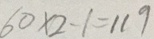
6 0 \times 2 - 1 = 1 1 9